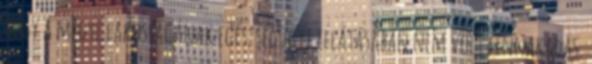
hogy a megye lakosságának egészségügyi ellátásában nem volt fennakadás.